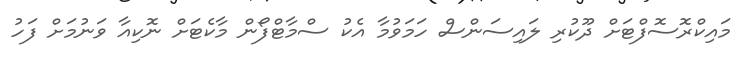
މައިކްރޮސޮފްޓަށް ދޫކުރި ލައިސަންސް ހަމަވުމާ އެކު ސްމާޓްފޯން މާކެޓަށް ނޮކިއާ ވަނުމަށް ފަހު